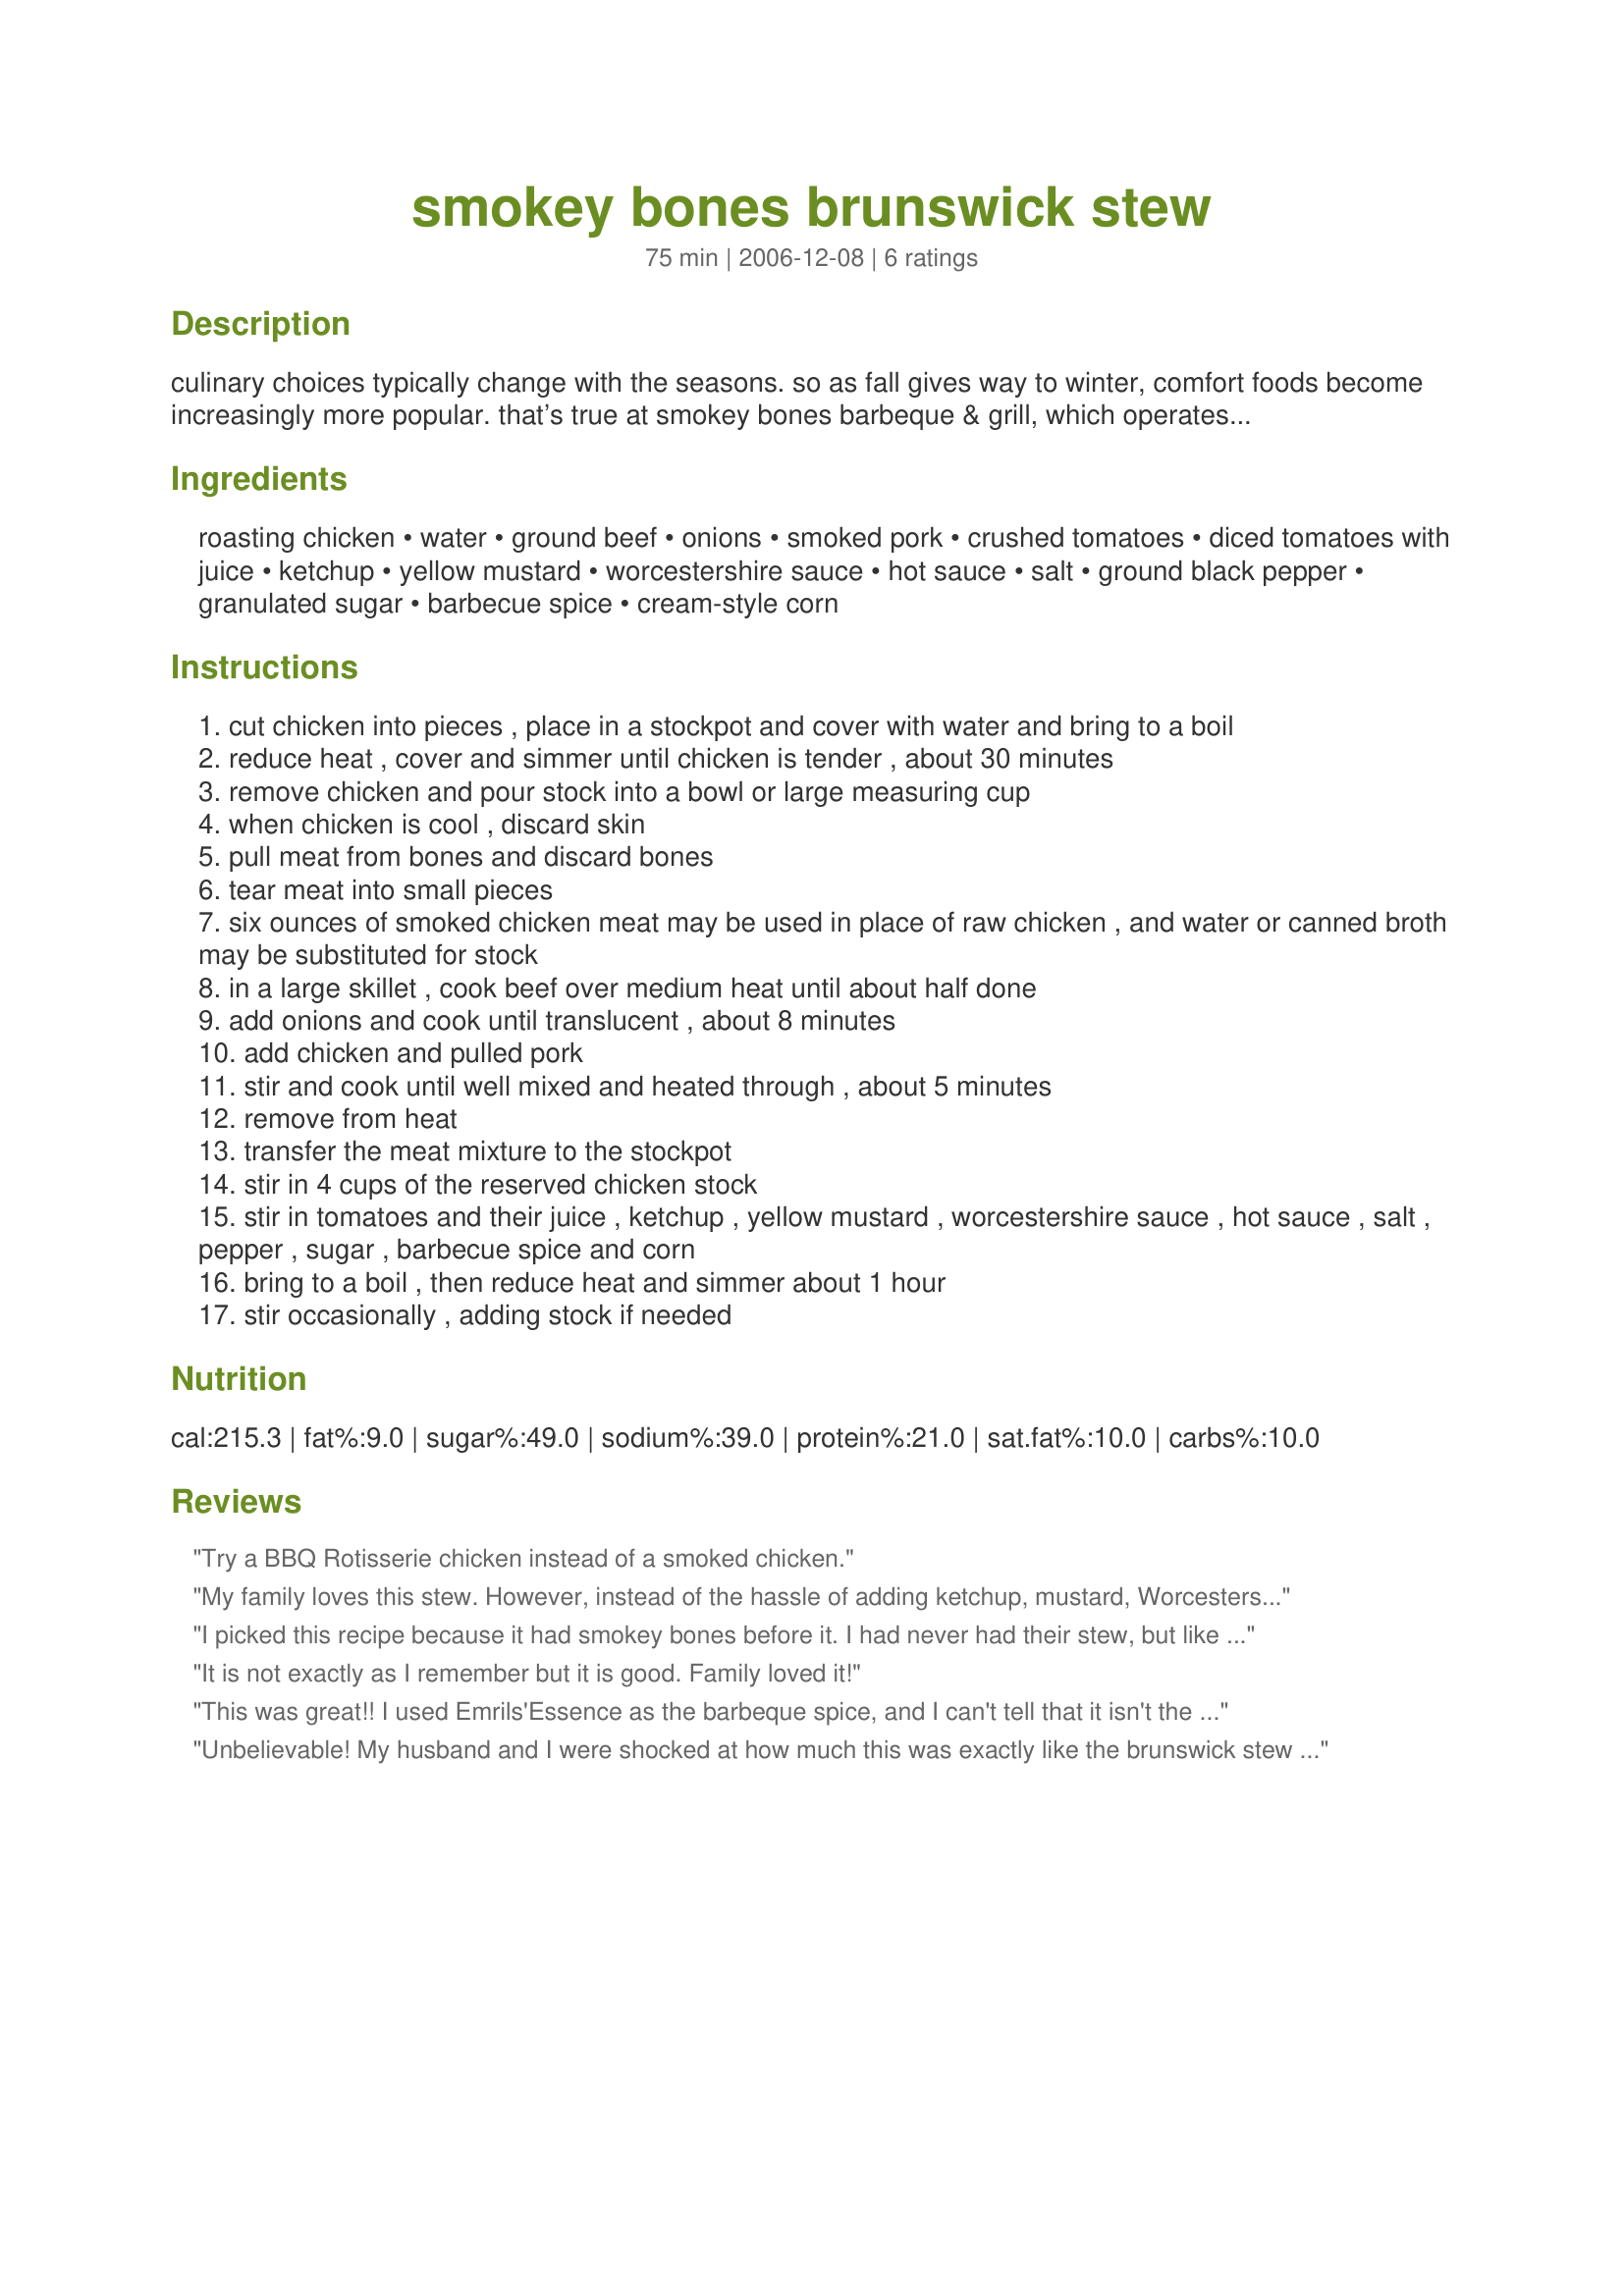
smokey bones brunswick stew
Preparation time: 75 minutes

culinary choices typically change with the seasons. so as fall gives way to winter, comfort foods become increasingly more popular.

that’s true at smokey bones barbeque & grill, which operates casual dining restaurants in the eastern and midwestern u.s. the smokey bones brunswick stew is one of the restaurant’s most popular menu items, particularly in winter.

at-home chefs will serve up a warm, memorable, seasonal meal with this smokey bones recipe:

Ingredients:
roasting chicken, water, ground beef, onions, smoked pork, crushed tomatoes, diced tomatoes with juice, ketchup, yellow mustard, worcestershire sauce, hot sauce, salt, ground black pepper, granulated sugar, barbecue spice, cream-style corn

Steps:
cut chicken into pieces , place in a stockpot and cover with water and bring to a boil
reduce heat , cover and simmer until chicken is tender , about 30 minutes
remove chicken and pour stock into a bowl or large measuring cup
when chicken is cool , discard skin
pull meat from bones and discard bones
tear meat into small pieces
six ounces of smoked chicken meat may be used in place of raw chicken , and water or canned broth may be substituted for stock
in a large skillet , cook beef over medium heat until about half done
add onions and cook until translucent , about 8 minutes
add chicken and pulled pork
stir and cook until well mixed and heated through , about 5 minutes
remove from heat
transfer the meat mixture to the stockpot
stir in 4 cups of the reserved chicken stock
stir in tomatoes and their juice , ketchup , yellow mustard , worcestershire sauce , hot sauce , salt , pepper , sugar , barbecue spice and corn
bring to a boil , then reduce heat and simmer about 1 hour
stir occasionally , adding stock if needed

Reviews:
Try a BBQ Rotisserie chicken instead of a smoked chicken.
My family loves this stew. However, instead of the hassle of adding ketchup, mustard, Worcestershire sauce, hot sauce, salt, pepper, sugar and BBQ sauce, I just add an 18 oz. bottle of Sweet Baby Ray&#039;s Sweet and Spicy BBQ sauce. You can add more hot sauce if you like it spicier. I&#039;ve also used the Chipotle BBQ sauce to spice it up. I like to add 1-14 oz. can of whole kernel sweet corn, drained.
I picked this recipe because it had smokey bones before it. I had never had their stew, but like smokey bones. It was OK and we will finish leftovers at another time, but it just didn't suit our tastes.
It is not exactly as I remember but it is good. Family loved it!
This was great!! I used Emrils'Essence as the barbeque spice, and I can't tell that it isn't the original. We also smoked the chicken and used left over stock. Great dish any time of the year!
Unbelievable! My husband and I were shocked at how much this was exactly like the brunswick stew at Smokey Bones! Loved it!
